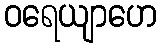
ဝရေယျာဟေ